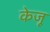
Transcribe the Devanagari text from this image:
केजू